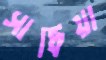
সাধিয়া